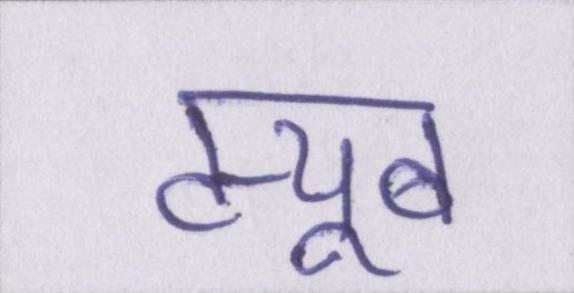
ट्यूब